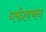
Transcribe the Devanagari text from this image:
धर्मप्रवचन